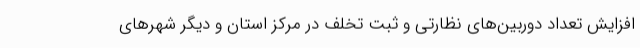
افزایش تعداد دوربین‌های نظارتی و ثبت تخلف در مرکز استان و دیگر شهرهای